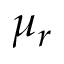
\mu _ { r }